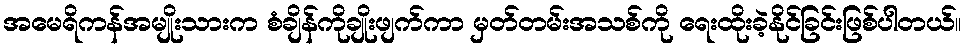
အမေရိကန်အမျိုးသားက စံချိန်ကိုချိုးဖျက်ကာ မှတ်တမ်းအသစ်ကို ရေးထိုးခဲ့နိုင်ခြင်းဖြစ်ပါတယ်။